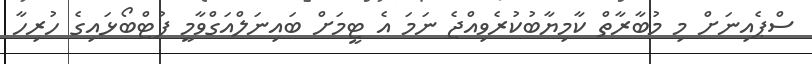
ސްޕެއިނަށް މި މުބާރާތް ކާމިޔާބުކުރެވިއްޖެ ނަމަ އެ ޓީމަށް ބައިނަލްއަގްވާމީ ފުޓްބޯޅައިގެ ހުރިހާ